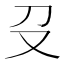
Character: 𠬛